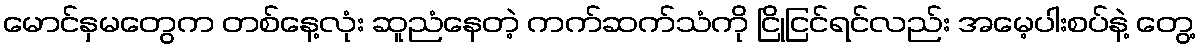
မောင်နှမတွေက တစ်နေ့လုံး ဆူညံနေတဲ့ ကက်ဆက်သံကို ငြိုငြင်ရင်လည်း အမေ့ပါးစပ်နဲ့ တွေ့